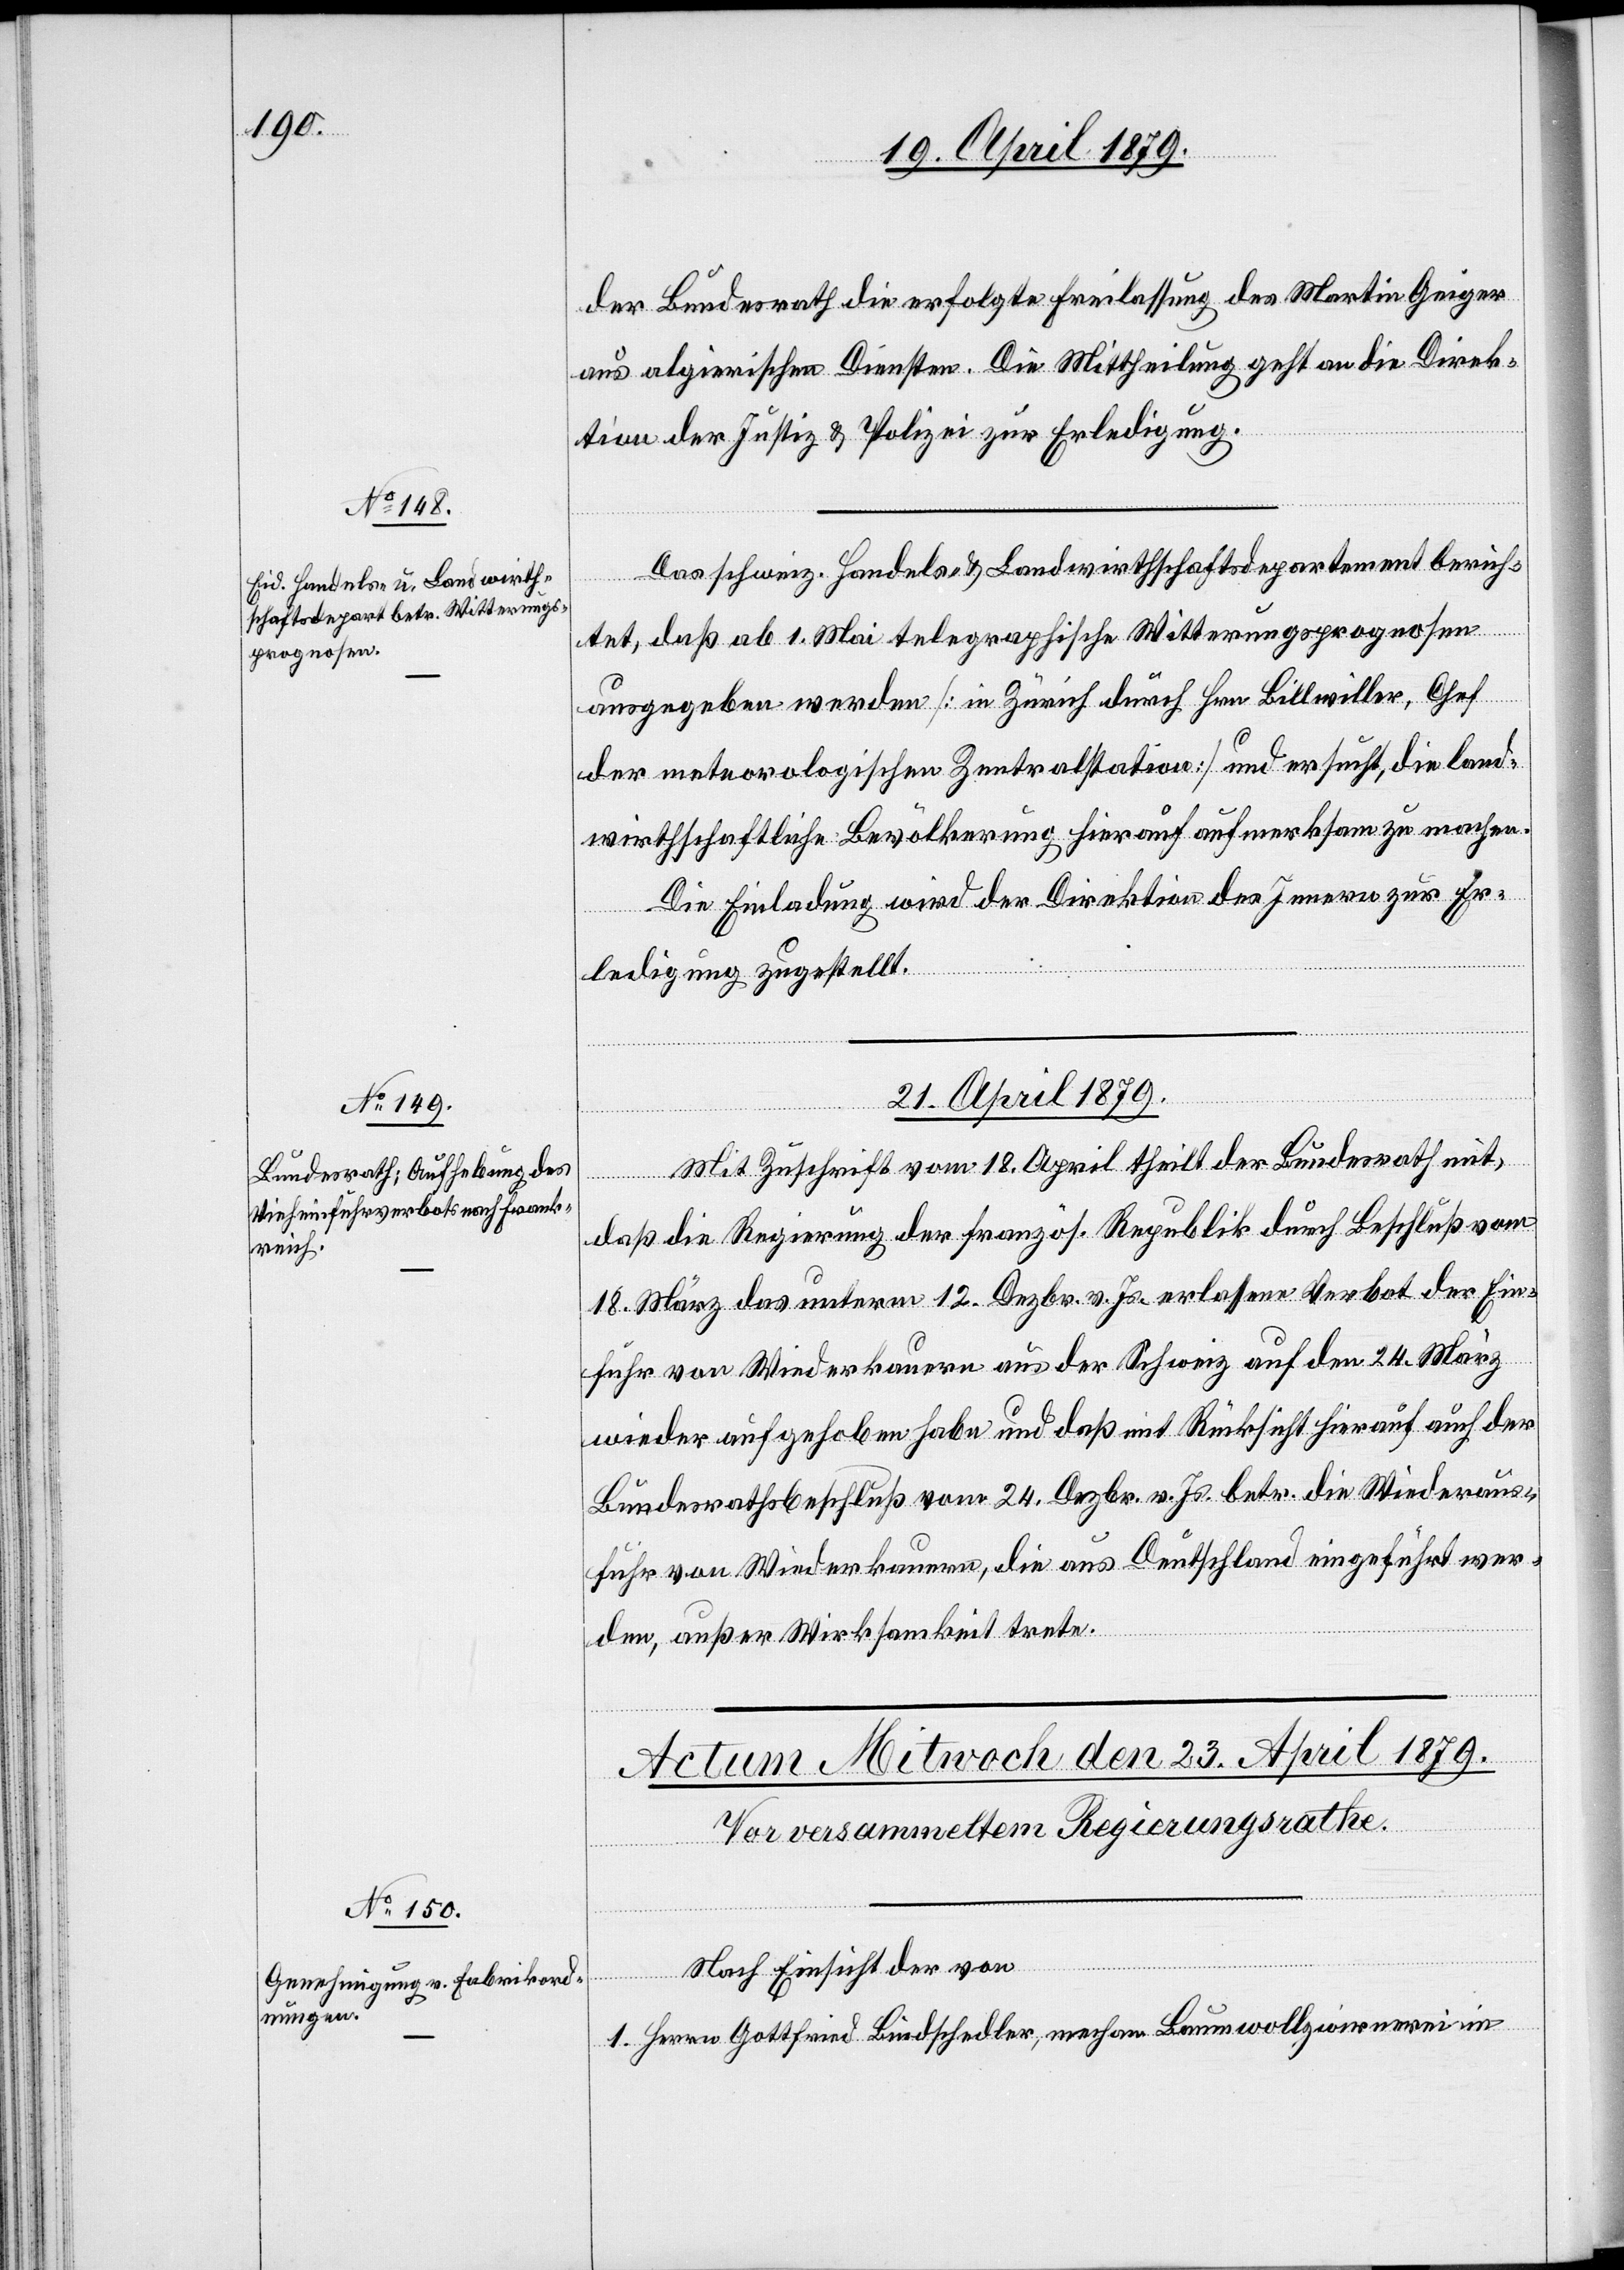
19. April 1879.]
der Bundesrath die erfolgte Freilassung des Martin Geiger
aus algierischen Diensten. Die Mittheilung geht an die Direk¬
tion der Justiz & Polizei zur Erledigung.
Das schweiz. Handels- & Landwirthschaftsdepartement berich¬
18.
tet, daß ab 1. Mai telegraphische Witterungsprognosen
mit,
ausgegeben werden [in Zürich durch Hrn. Billwiller, Chef
der meteorologischen Zentralstation] und ersucht, die land¬
wirthschaftliche Bevölkerung hierauf aufmerksam zu machen.
Die Einladung wird der Direktion des Innern zur Er¬
ledigung zugestellt.
21. April 1879.
daß die Regierung der französ. Republik durch Beschluß vom
18. März das unterm 12. Dezbr. v. Js. erlassene Verbot der Ein¬
fuhr von Wiederkauern aus der Schweiz auf den 24. März
wieder aufgehoben habe und daß mit Rücksicht hierauf auch der
Bundesrathsbeschluß vom 24. Dezbr. v. Js. betr. die Wiederaus¬
fuhr von Wiederkauern, die aus Deutschland eingeführt wer¬
den, außer Wirksamkeit trete.
gungen.